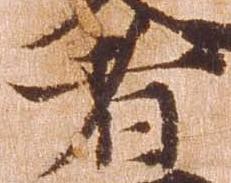
者